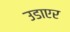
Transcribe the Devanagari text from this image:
उडाएर